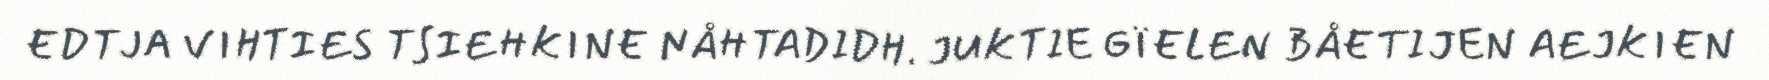
EDTJA VIHTIES TSIEHKINE NÅHTADIDH. JUKTIE GÏELEN BÅETIJEN AEJKIEN